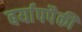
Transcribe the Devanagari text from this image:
बर्यापपैकी